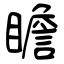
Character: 瞻